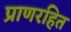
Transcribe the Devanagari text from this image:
प्राणरहित